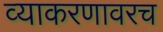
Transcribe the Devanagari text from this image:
व्याकरणावरच